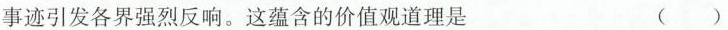
事迹引发各界强烈反响。这蕴含的价值观道理是 ()